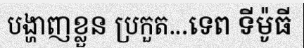
បង្ហាញខ្លួន ប្រកួត...ទេព ទីម៉ូធី